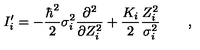
I _ { i } ^ { \prime } = - \frac { \hbar ^ { 2 } } 2 \sigma _ { i } ^ { 2 } \frac { \partial ^ { 2 } } { \partial Z _ { i } ^ { 2 } } + \frac { K _ { i } } 2 \frac { Z _ { i } ^ { 2 } } { \sigma _ { i } ^ { 2 } } \qquad ,